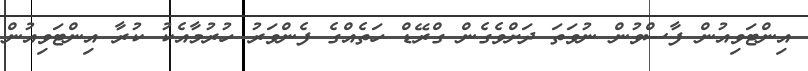
އިންޓަވިއުން ފާސްވުން ނުވަތަ ދަށްވެގެން ގްރޭޑް ހަތެއްގެ ފެންވަރު ހުރުމާއެކު ކުރާ އިންޓަވިއުން